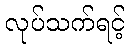
လုပ်သက်ရင့်